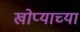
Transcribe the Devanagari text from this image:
खोप्याच्या